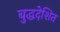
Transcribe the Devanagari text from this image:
बुद्धदेशित